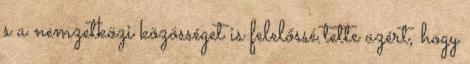
s a nemzetközi közösséget is felelőssé tette azért, hogy